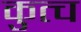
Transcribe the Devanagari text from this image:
कुत्च